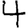
Digit: 4